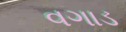
વગાડ